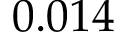
0 . 0 1 4